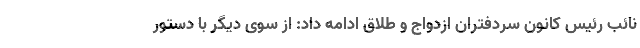
نائب رئیس کانون سردفتران ازدواج و طلاق ادامه داد: از سوی دیگر با دستور